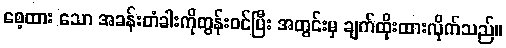
စေ့ထား သော အခန်းတံခါးကိုတွန်းဝင်ပြီး အတွင်းမှ ချက်ထိုးထားလိုက်သည်။